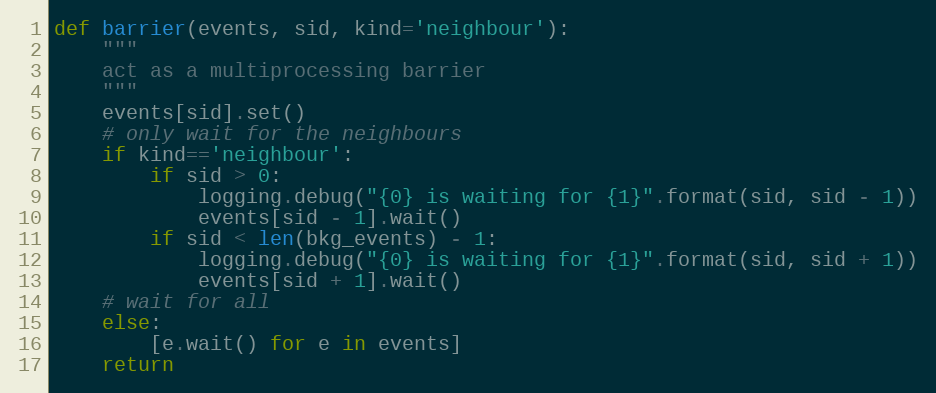
Language: Python
def barrier(events, sid, kind='neighbour'):
    """
    act as a multiprocessing barrier
    """
    events[sid].set()
    # only wait for the neighbours
    if kind=='neighbour':
        if sid > 0:
            logging.debug("{0} is waiting for {1}".format(sid, sid - 1))
            events[sid - 1].wait()
        if sid < len(bkg_events) - 1:
            logging.debug("{0} is waiting for {1}".format(sid, sid + 1))
            events[sid + 1].wait()
    # wait for all
    else:
        [e.wait() for e in events]
    return